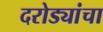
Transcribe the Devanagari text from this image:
दरोड्यांचा